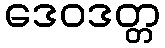
ဒေဝဒတ္တ